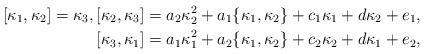
LaTeX: \begin{align*} [\kappa_1,\kappa_2]=\kappa_3, [\kappa_2,\kappa_3]=a_2\kappa_2^2+a_1\{\kappa_1,\kappa_2\}+c_1 \kappa_1+d \kappa_2 +e_1, \\ [\kappa_3,\kappa_1]=a_1\kappa_1^2+a_2\{\kappa_1,\kappa_2\}+c_2 \kappa_2+d \kappa_1+e_2, \end{align*}